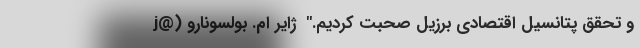
و تحقق پتانسیل اقتصادی برزیل صحبت کردیم."  ژایر ام. بولسونارو (@j